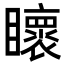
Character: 𭿯